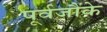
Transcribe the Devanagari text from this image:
पूर्वजौंके